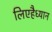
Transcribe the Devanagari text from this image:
लिएहैध्यान